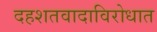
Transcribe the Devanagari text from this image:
दहशतवादाविरोधात